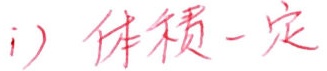
i）体积一定